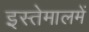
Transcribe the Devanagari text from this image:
इस्तेमालमें